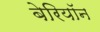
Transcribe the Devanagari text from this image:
बेरियॉन